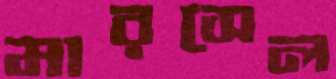
মারসেল